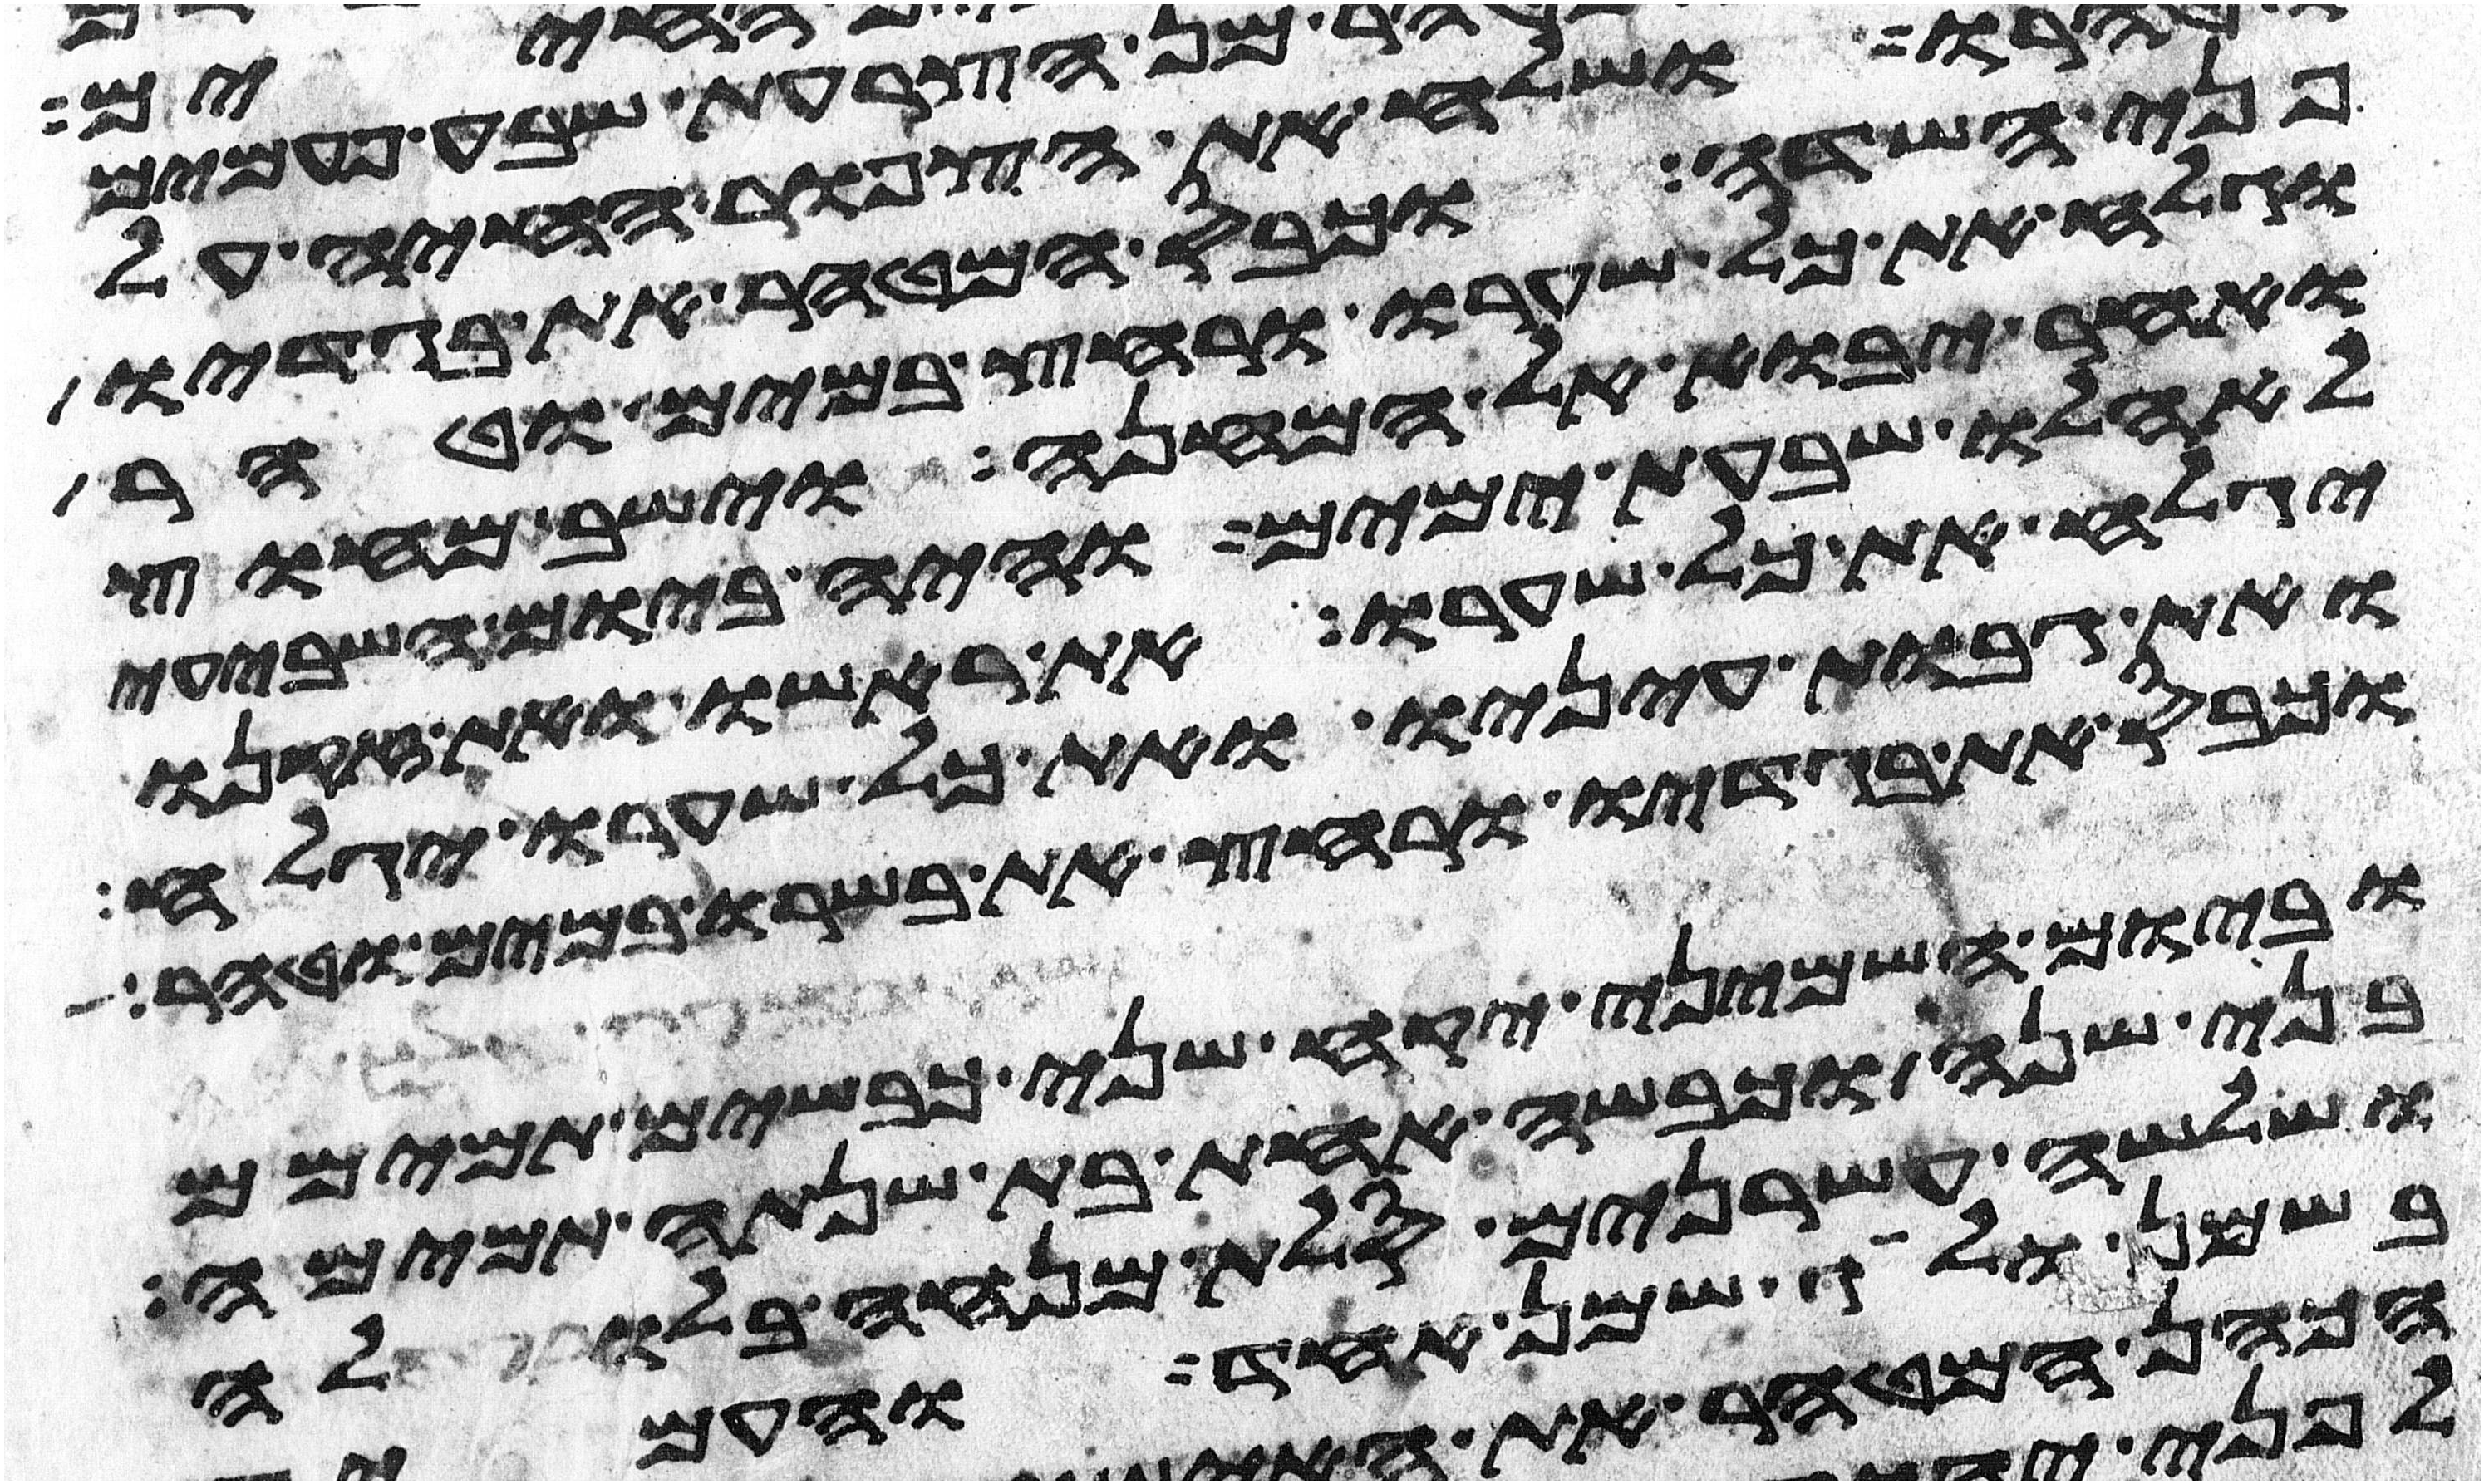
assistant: פני השדה וכבס המטהר את בגדיו
וגלח את כל שערו ורחץ במים וטהר
ואחר יבוא אל המחנה וישב מחוץ
לאהלו שבעת ימים והיה ביום השביעי
יגלח את כל שערו את ראשו ואת זקנו
ואת גבות עיניו ואת כל שערו יגלח
וכבס את בגדיו ורחץ את בשרו במים וטהר
וביום השמיני יקח שני כבשים תמימם
בני שנה וכבשה אחת בת שנתה תמימה
ושלשה עשרנים סלת מנחה בלולה